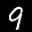
Label: 9